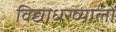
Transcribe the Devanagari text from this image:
विद्याधरव्यालों